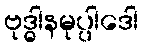
ဗုဒ္ဓါနမုပ္ပါဒေါ